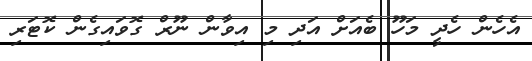
އެހެން ހެދީ މަހޫ ބެއަށް އަދި މި އިވާން ނޫރް ގޮވައިގެން ކޮޓަރި